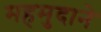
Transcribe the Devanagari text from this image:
महमुदाने